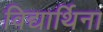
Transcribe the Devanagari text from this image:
विद्यार्थिना